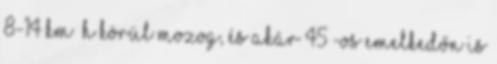
8-14 km h körül mozog, és akár 45°-os emelkedőn is